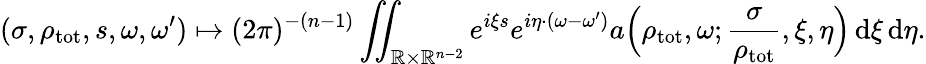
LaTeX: (\sigma,\rho_{\mathrm{tot}},s,\omega,\omega^{\prime})\mapsto(2\pi)^{-(n-1)}\iint_{\mathbb{R}\times\mathbb{R}^{n-2}}e^{i\xi s}e^{i\eta\cdot(\omega-\omega^{\prime})}a\Bigl(\rho_{\mathrm{tot}},\omega;\frac{\sigma}{\rho_{\mathrm{tot}}},\xi,\eta\Bigr)\, {\mathrm d}\xi\, {\mathrm d}\eta.